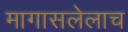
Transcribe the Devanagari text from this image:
मागासलेलाच